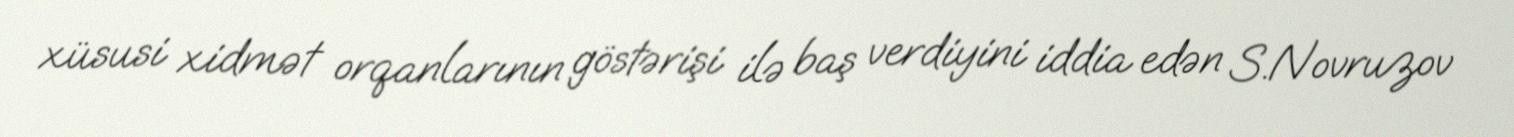
xüsusi xidmət orqanlarının göstərişi ilə baş verdiyini iddia edən S.Novruzov